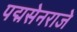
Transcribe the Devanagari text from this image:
पद्मसेनराजे